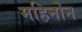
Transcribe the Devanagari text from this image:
महिनोन